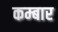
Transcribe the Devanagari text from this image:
कम्बार